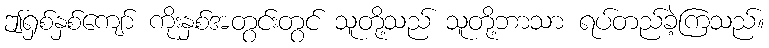
ဤရှစ်နှစ်ကျော် ကိုးနှစ်အတွင်းတွင် သူတို့သည် သူတို့ဘာသာ ရပ်တည်ခဲ့ကြသည်။